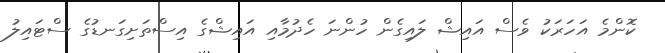
ކޮންމެ އަހަރަކު ވެސް އައިޝް ލައިގެން ހުންނަ ހެދުމާއި އައިޝްގެ އިސްތަށިގަނޑުގެ ސްޓައިލު